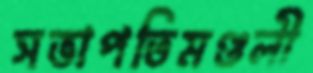
সভাপতিমণ্ডলী